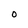
Character: O